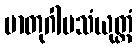
မာတုဂါမသံယုတ္တံ